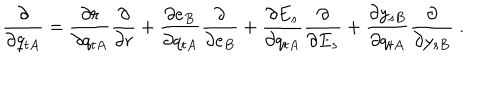
\frac { \partial } { \partial q _ { t A } } = \frac { \partial r } { \partial q _ { t A } } \frac { \partial } { \partial r } + \frac { \partial e _ { B } } { \partial q _ { t A } } \frac { \partial } { \partial e _ { B } } + \frac { \partial E _ { s } } { \partial q _ { t A } } \frac { \partial } { \partial E _ { s } } + \frac { \partial y _ { s B } } { \partial q _ { t A } } \frac { \partial } { \partial y _ { s B } } \; .